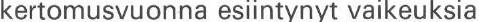
kertomusvuonna esiintynyt vaikeuksia